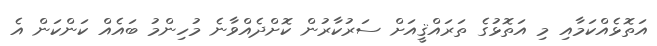
އަތޮޅެއްކަމާއި މި އަތޮޅުގެ ތަރައްޤީއަށް ސަރުކާރުން ކޮށްދެއްވާނެ މުހިންމު ބައެއް ކަންކަން އެ